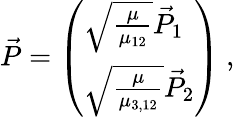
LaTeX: \vec{P}=\left(\begin{array}{l}{\sqrt{\frac{\mu}{\mu_{12}}}\vec{P}_{1}}\\ {\sqrt{\frac{\mu}{\mu_{3,12}}}\vec{P}_{2}}\end{array}\right)~,